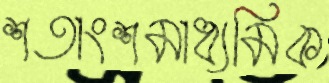
শতাংশমাধ্যমিক